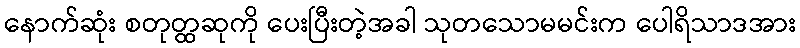
နောက်ဆုံး စတုတ္ထဆုကို ပေးပြီးတဲ့အခါ သုတသောမမင်းက ပေါရိသာဒအား